Civil Veterinary Dept. North-West Frontier Province 1933-46 - 1933-1946
Year: 1933
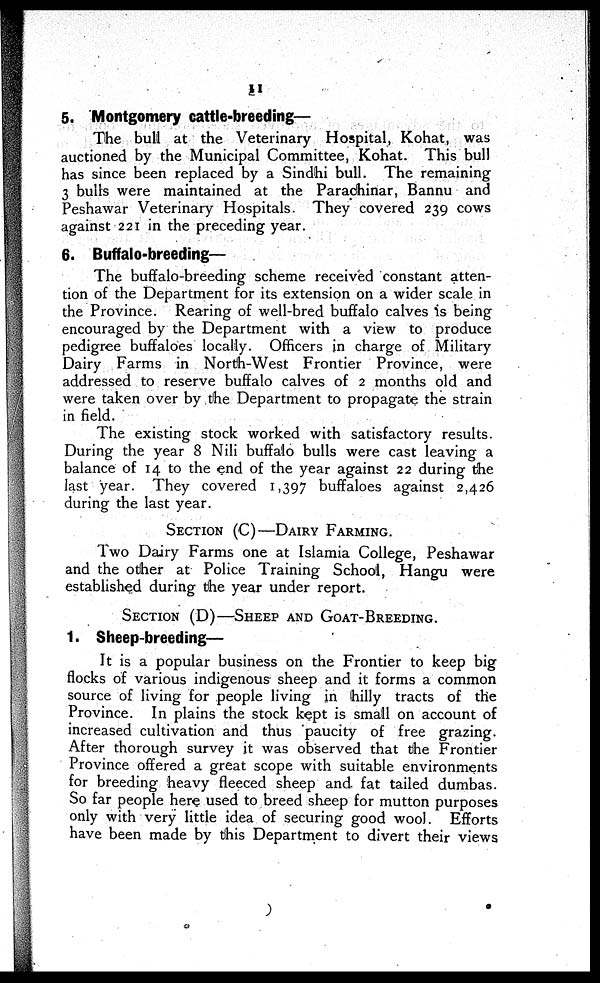
11
5. Montgomery cattle-breeding—
The bull at the Veterinary Hospital, Kohat, was
auctioned by the Municipal Committee, Kohat. This bull
has since been replaced by a Sindhi bull. The remaining
3 bulls were maintained at the Parachinar, Bannu and
Peshawar Veterinary Hospitals. They covered 239 cows
against 221 in the preceding year.
6. Buffalo-breeding—
The buffalo-breeding scheme received constant atten-
tion of the Department for its extension on a wider scale in
the Province. Rearing of well-bred buffalo calves is being
encouraged by the Department with a view to produce
pedigree buffaloes locally. Officers in charge of Military
Dairy Farms in North-West Frontier Province, were
addressed to reserve buffalo calves of 2 months old and
were taken over by the Department to propagate the strain
in field.
The existing stock worked with satisfactory results.
During the year 8 Nili buffalo bulls were cast leaving a
balance of 14 to the end of the year against 22 during the
last year. They covered 1,397 buffaloes against 2,426
during the last year.
SECTION (C)—DAIRY FARMING.
Two Dairy Farms one at Islamia College, Peshawar
and the other at Police Training School, Hangu were
established during the year under report.
SECTION (D)—SHEEP AND GOAT-BREEDING.
1. Sheep-breeding—
It is a popular business on the Frontier to keep big
flocks of various indigenous sheep and it forms a common
source of living for people living in hilly tracts of the
Province. In plains the stock kept is small on account of
increased cultivation and thus paucity of free grazing.
After thorough survey it was observed that the Frontier
Province offered a great scope with suitable environments
for breeding heavy fleeced sheep and fat tailed dumbas.
So far people here used to breed sheep for mutton purposes
only with very little idea of securing good wool. Efforts
have been made by this Department to divert their views